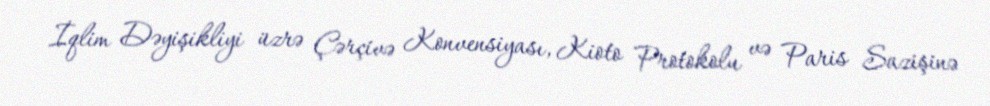
İqlim Dəyişikliyi üzrə Çərçivə Konvensiyası, Kioto Protokolu və Paris Sazişinə